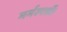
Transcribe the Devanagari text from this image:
मर्मस्पर्शी।